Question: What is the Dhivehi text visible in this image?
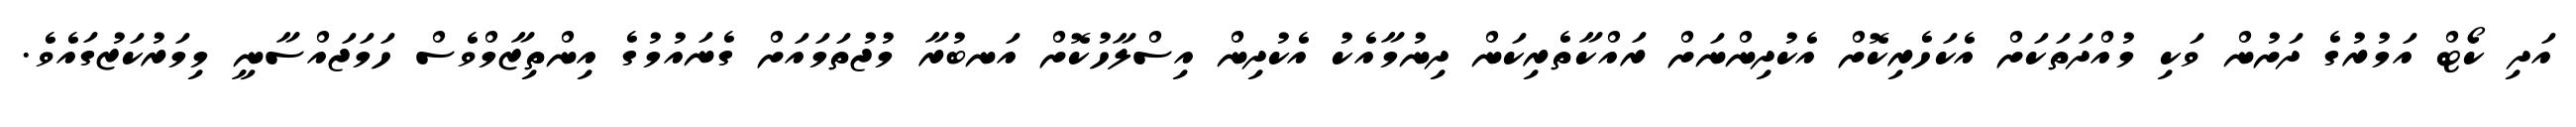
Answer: އަދި ކޯޓް އަމުރުގެ ދަށުން ވަކި މުއްދަތަކަށް އެކަހެރިކޮށް އެކުދިންނަށް ރައްކާތެރިކަން ދިނުމާއެކު އެކުދިން އިސްލާހުކޮށް އަނބުރާ މުޖުތަމައަށް ގެނައުމުގެ އިންތިޒާމްވެސް ހަމަޖައްސާނީ މިމަރުކަޒުގައެވެ.